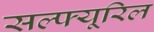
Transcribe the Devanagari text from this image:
सल्फ्यूरिल